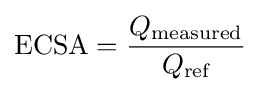
{\text{ECSA}}={\frac {Q_{\text{measured}}}{Q_{\text{ref}}}}